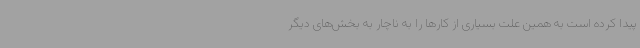
پیدا کرده است به همین علت بسیاری از کارها را به ناچار به بخش‌های دیگر